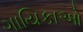
ગાયિકાઓ